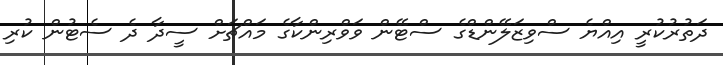
ދަތުރުކުރީ އިއްޔެ ސްވިޒަލޭންޑްގެ ސްޓޭން ވަވްރިންކާގެ މައްޗަށް ސީދާ ދެ ސެޓުން ކުރި